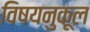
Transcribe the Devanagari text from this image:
विषयनुकूल